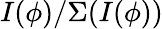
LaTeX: I(\phi)/\Sigma(I(\phi))